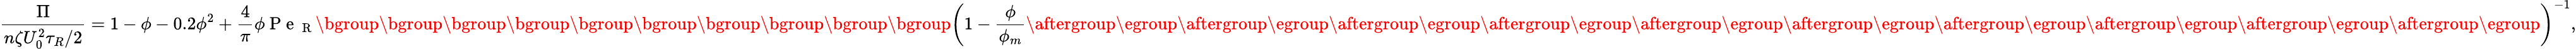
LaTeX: \frac{\Pi}{n\zeta U_{0}^{2}\tau_{R}/2}=1-\phi-0.2\phi^{2}+\frac{4}{\pi}\phi\mathrm{~P~e~}_{\mathrm{~R~}}\mathopen{}\mathclose\bgroup\mathopen{}\mathclose\bgroup\mathopen{}\mathclose\bgroup\mathopen{}\mathclose\bgroup\mathopen{}\mathclose\bgroup\mathopen{}\mathclose\bgroup\mathopen{}\mathclose\bgroup\mathopen{}\mathclose\bgroup\mathopen{}\mathclose\bgroup\mathopen{}\mathclose\bgroup\left(1-\frac{\phi}{\phi_{m}}\aftergroup\egroup\aftergroup\egroup\aftergroup\egroup\aftergroup\egroup\aftergroup\egroup\aftergroup\egroup\aftergroup\egroup\aftergroup\egroup\aftergroup\egroup\aftergroup\egroup\right)^{-1},